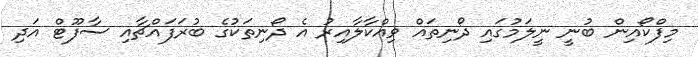
މިފްކޯއިން ބުނީ ނީލަމުގައި ދޯނިތައް ވިއްކާލާއިރު އެ ދޯނިތަކުގެ ބުރަފައްޗާއި ސާފޫޓް އަދި